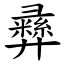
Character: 彞